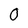
Character: 0